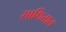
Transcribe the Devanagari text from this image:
साधितात